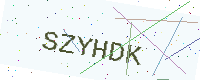
Text: SZYHDK